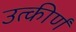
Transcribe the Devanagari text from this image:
उत्कीर्णं